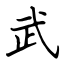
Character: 武